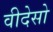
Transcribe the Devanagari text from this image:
वीदेसो